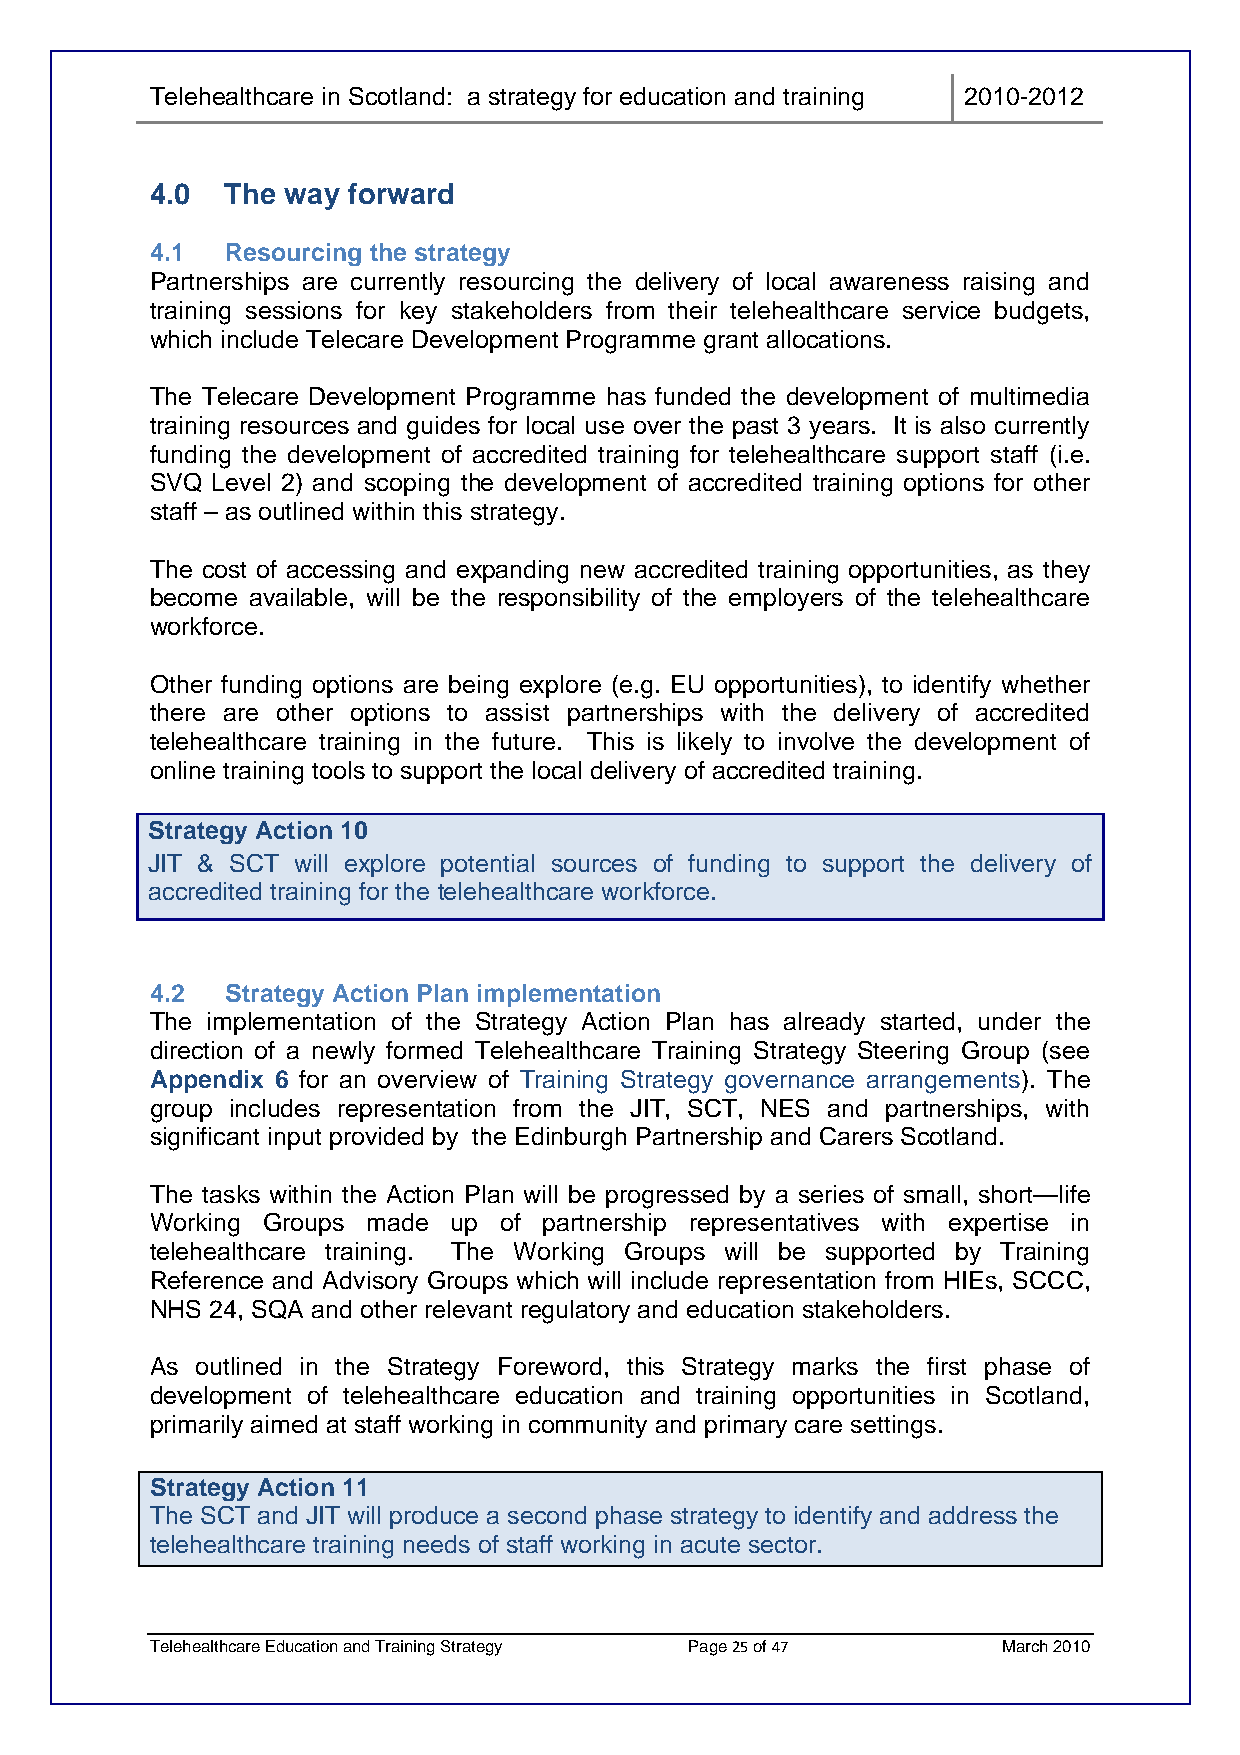
Telehealthcare in Scotland: a strategy for education and training 2010-2012
 4.0  The way forward
 4.1  Resourcing the strategy
 Partnerships are currently resourcing the delivery of local awareness raising and
 training sessions for key stakeholders from their telehealthcare service budgets,
 which include Telecare Development Programme grant allocations.
 The Telecare Development Programme has funded the development of multimedia
 training resources and guides for local use over the past 3 years. It is also currently
 funding the development of accredited training for telehealthcare support staff (i.e.
 SVQ Level 2) and scoping the development of accredited training options for other
 staff – as outlined within this strategy.
 The cost of accessing and expanding new accredited training opportunities, as they
 become available, will be the responsibility of the employers of the telehealthcare
 workforce.
 Other funding options are being explore (e.g. EU opportunities), to identify whether
 there are other options to assist partnerships with the delivery of accredited
 telehealthcare training in the future. This is likely to involve the development of
 online training tools to support the local delivery of accredited training.
 Strategy Action 10
 JIT & SCT will explore potential sources of funding to support the delivery of
 accredited training for the telehealthcare workforce.
 4.2  Strategy Action Plan implementation
 The implementation of the Strategy Action Plan has already started, under the
 direction of a newly formed Telehealthcare Training Strategy Steering Group (see
 Appendix 6 for an overview of Training Strategy governance arrangements). The
 group includes representation from the JIT, SCT, NES and partnerships, with
 significant input provided by the Edinburgh Partnership and Carers Scotland.
 The tasks within the Action Plan will be progressed by a series of small, short—life
 Working Groups made up of partnership representatives with expertise in
 telehealthcare training. The Working Groups will be supported by Training
 Reference and Advisory Groups which will include representation from HIEs, SCCC,
 NHS 24, SQA and other relevant regulatory and education stakeholders.
 As outlined in the Strategy Foreword, this Strategy marks the first phase of
 development of telehealthcare education and training opportunities in Scotland,
 primarily aimed at staff working in community and primary care settings.
 Strategy Action 11
 The SCT and JIT will produce a second phase strategy to identify and address the
 telehealthcare training needs of staff working in acute sector.
 Telehealthcare Education and Training Strategy Page 25 of 47 March 2010